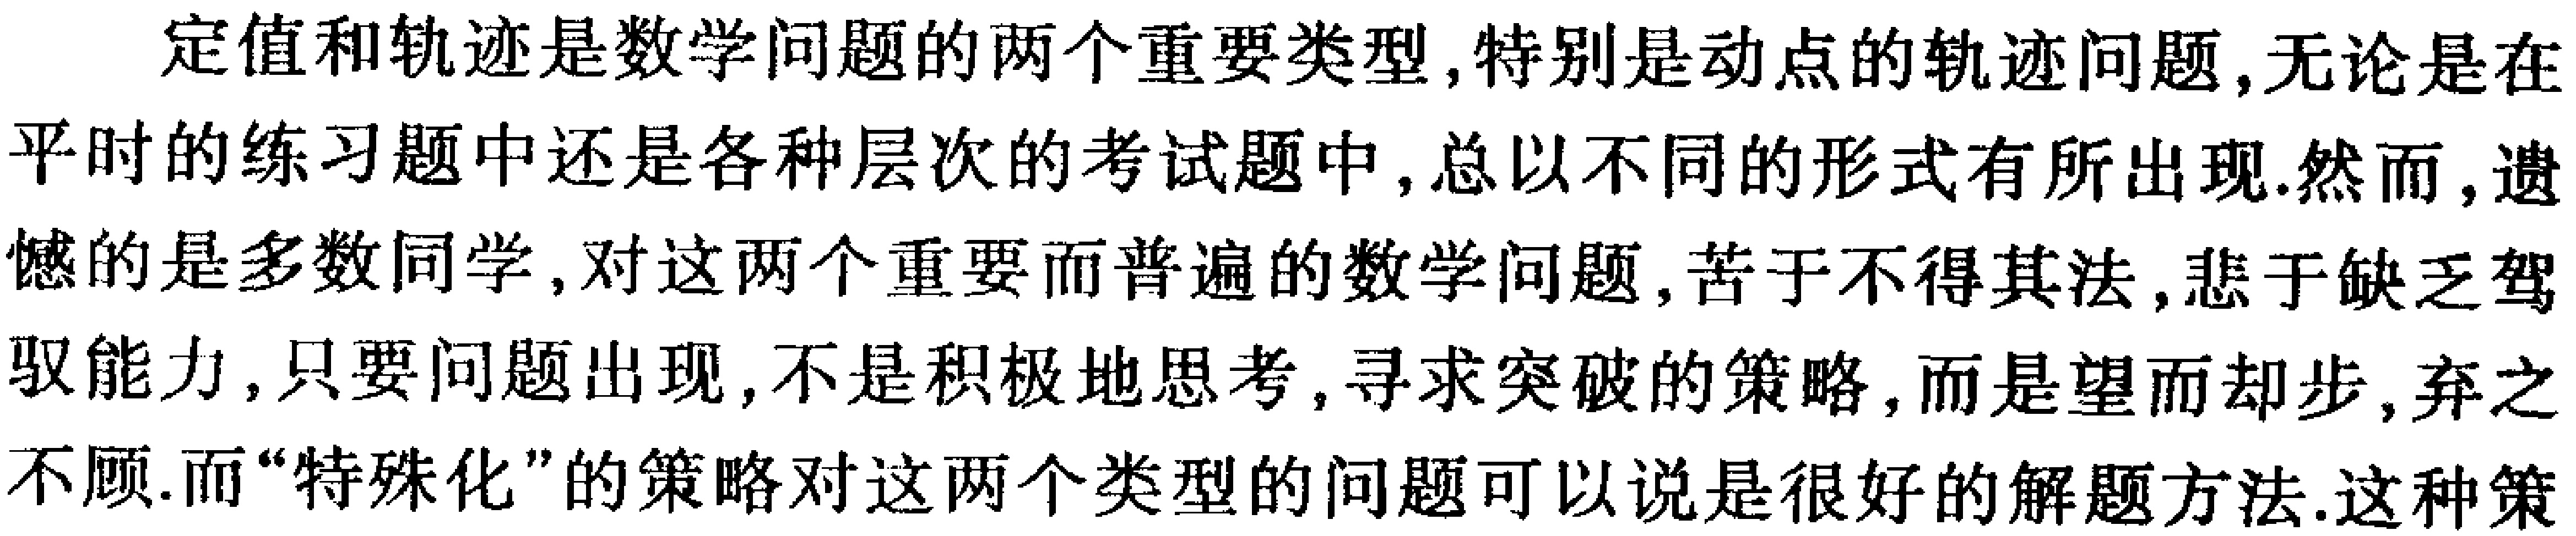
定值和轨迹是数学问题的两个重要类型,特别是动点的轨迹问题,无论是在平时的练习题中还是各种层次的考试题中,总以不同的形式有所出现.然而,遗憾的是多数同学,对这两个重要而普遍的数学问题,苦于不得其法,悲于缺乏驾驭能力,只要问题出现,不是积极地思考,寻求突破的策略,而是望而却步,弃之不顾.而“特殊化”的策略对这两个类型的问题可以说是很好的解题方法.这种策